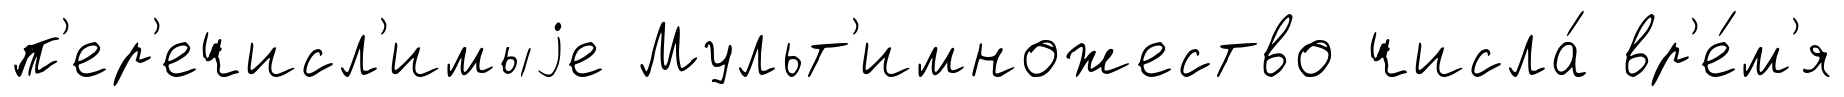
п'ер'ечисл'имыjе Мульт'имножество числа́ вр'е́м'я